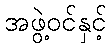
အဖွဲ့ဝင်နှင့်